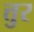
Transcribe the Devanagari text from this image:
त्तुर